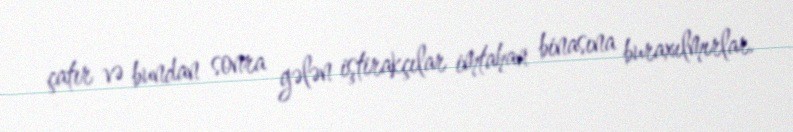
çatır və bundan sonra gələn iştirakçılar imtahan binasına buraxılmırlar.